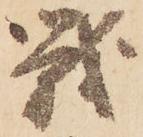
戦